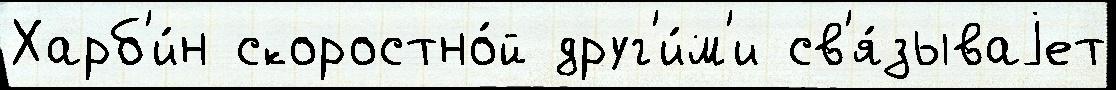
Харб'и́н скоростно́й друг'и́м'и св'я́зываjет